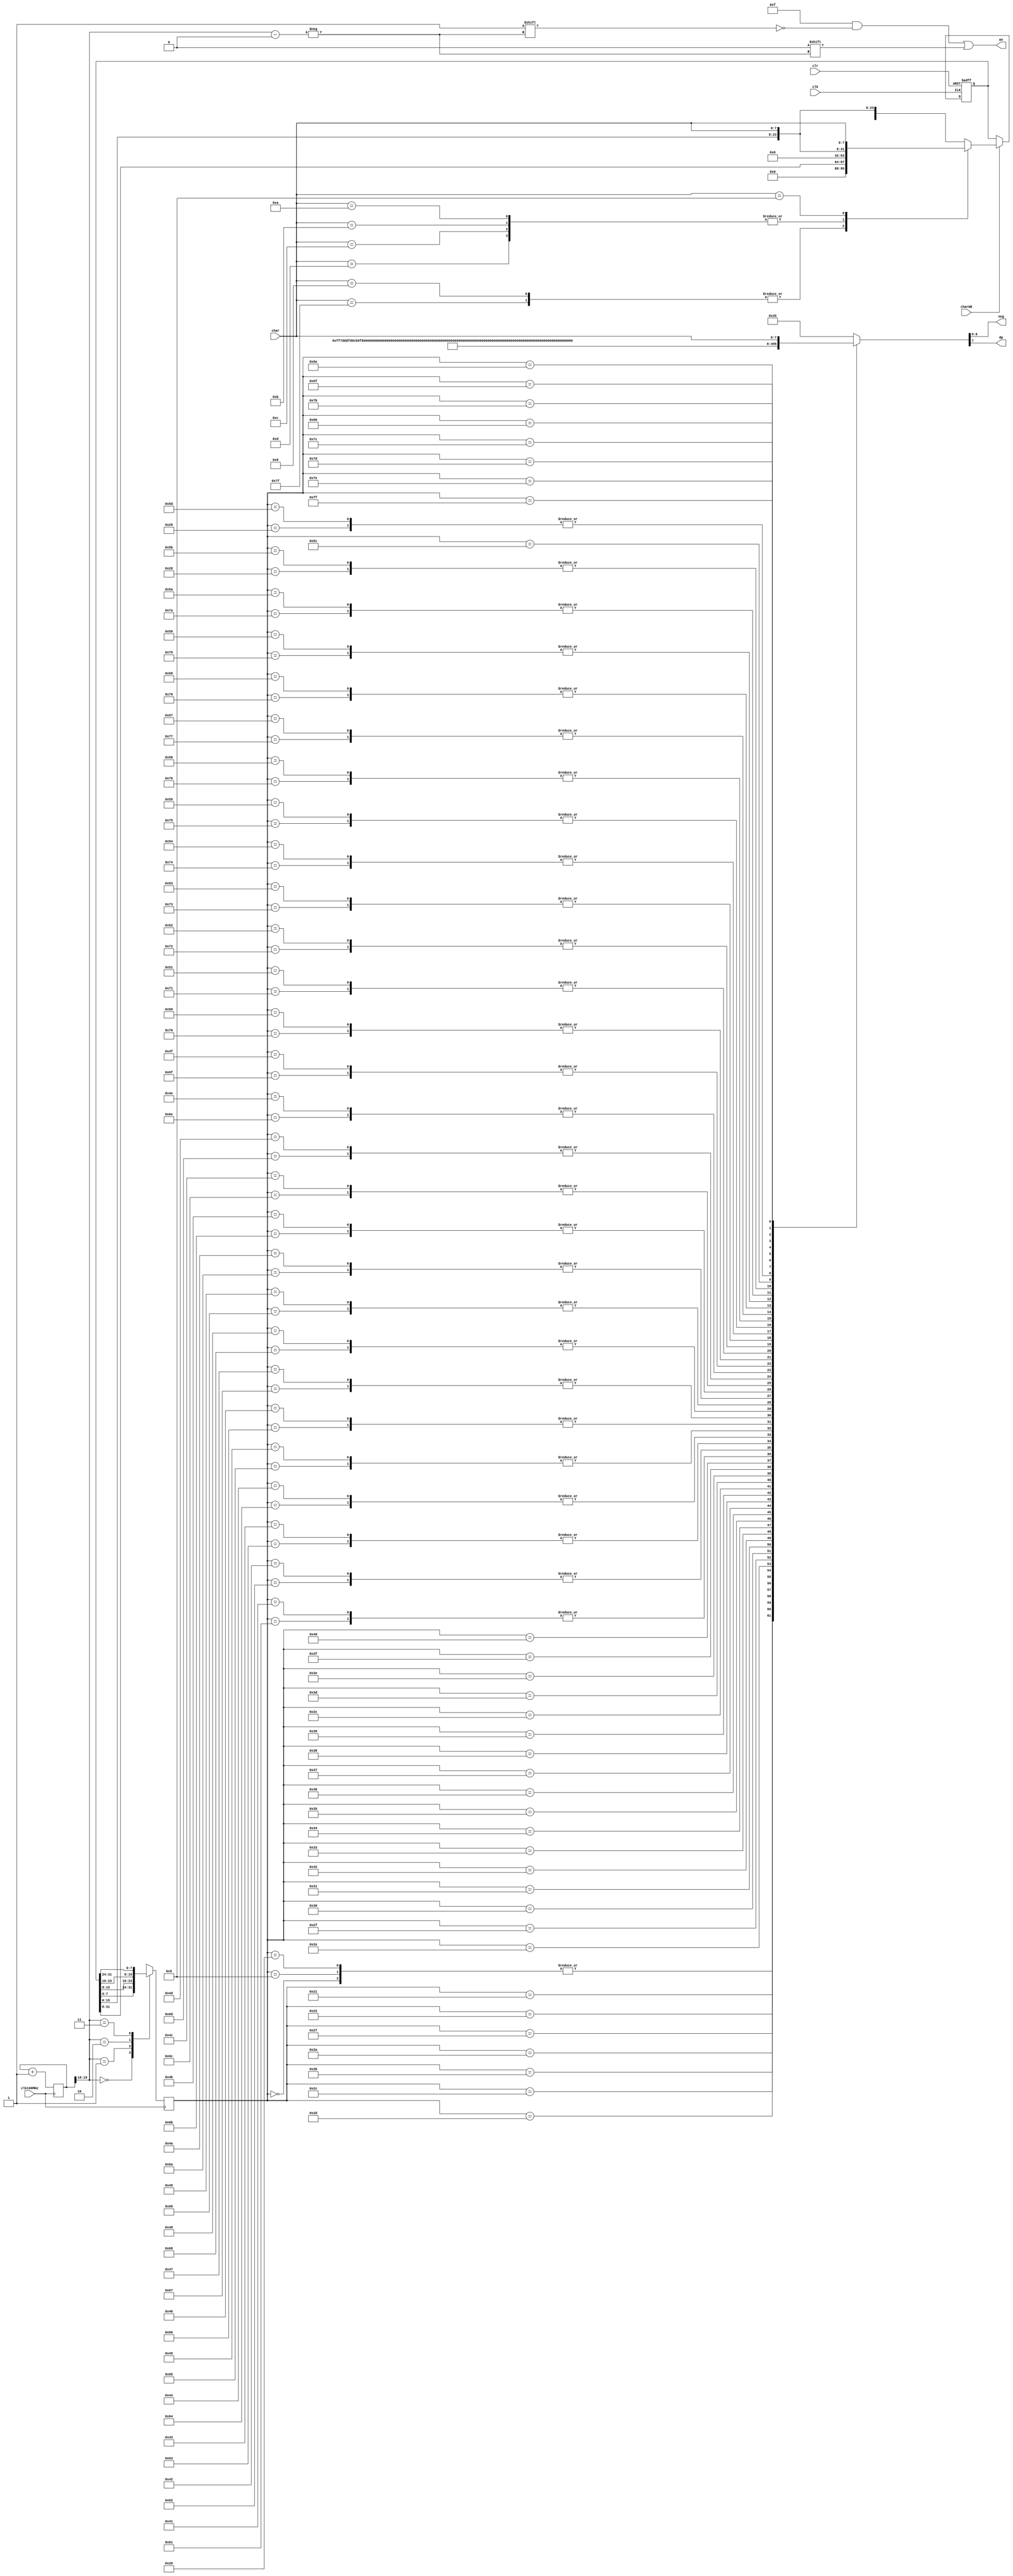
`timescale 1ns / 1ps
//////////////////////////////////////////////////////////////////////////////////
// University: BYU-Idaho
// 
// Design Name: 
// Module Name: 7segment
// Project Name: 
// Target Devices: 
// Tool Versions: 
// Description: 
// 
// Dependencies: 
// 
// Revision:
// Revision 1.0
// Additional Comments:
// 
//////////////////////////////////////////////////////////////////////////////////

module sevenSegment(
    input [7:0] char,
    input charWE, clk, clk100MHz, clr,
    output wire [6:0] seg,
    output reg [3:0] an,
    output wire dp
    );
    reg [31:0] data;
    reg [19:0] clkDiv;
    reg [7:0] segdp, digit;
    wire [1:0] dispSel;
    
    assign dispSel = clkDiv[19:18];
    assign {dp, seg} = segdp;
    initial data <= 32'h00000000; // null characters for initial blank screen
    
    // handle the meta characters in addition to the normal ones
    always @(posedge clk or posedge clr) 
    begin
        if (clr)
            data = 32'h00000000;
        else
            begin
                if (charWE) case (char)
                // <backspace>, <delete> - puts a null character in front of the others
                'h08,'h7F: data = {8'h00, data[31:8]};
                // <line feed>, <vertical tab>, <form feed>, <carriage return> - clears the screen
                'h0A,'h0B,'h0C,'h0D: data = 32'h00000000;
                // <tab> - inserts two blanks instead of just one
                'h09: data = {data[15:0], char, char};
                default: data = {data[23:0], char};
                endcase
            end
    end

    // refresh each display for a 1/4 of the time
    always @(posedge clk100MHz) begin
        case (dispSel)
            0:digit = data[7:0];
            1:digit = data[15:8];
            2:digit = data[23:16];
            3:digit = data[31:24];
        endcase
        clkDiv = clkDiv + 1; // clock cycle counter/divider
    end
    
    // ASCII decoder
    always @(*) begin
        case (digit)
            ////////////////////////////////////////////////
            // 7seg BINARY KEY               -a-          \\
            //                             f|   |b        //
            //                               -g-          \\
            //          MSB <---- LSB      e|   |c        //
            //           <dp>gfedcba         -d-  .dp     \\
            ////////////////////////////////////////////////
            'h00:segdp = 8'b11111111; // <null>
            
          //'h08 - meta <backspace>
            'h09:segdp = 8'b11111111; // meta/normal <tab>
          //'h0A,'h0B,'h0C,'h0D - meta <line feed>/<vertical tab>/<form feed>/<carriage return>
            
            'h20:segdp = 8'b11111111; // <space>
            'h21:segdp = 8'b01111101; // !
            'h22:segdp = 8'b11011101; // "
            
            'h27:segdp = 8'b11111101; // '
            'h28:segdp = 8'b01000110; // (
            'h29:segdp = 8'b01110000; // )
            'h2A:segdp = 8'b10011100; // *
            'h2B:segdp = 8'b10111001; // +
            'h2C:segdp = 8'b11111011; // ,
            'h2D:segdp = 8'b10111111; // -
            'h2E:segdp = 8'b01111111; // .
            'h2F:segdp = 8'b10101101; // /
            
            'h30:segdp = 8'b11000000; // 0
            'h31:segdp = 8'b11111001; // 1
            'h32:segdp = 8'b10100100; // 2
            'h33:segdp = 8'b10110000; // 3
            'h34:segdp = 8'b10011001; // 4
            'h35:segdp = 8'b10010010; // 5
            'h36:segdp = 8'b10000010; // 6
            'h37:segdp = 8'b11111000; // 7
            'h38:segdp = 8'b10000000; // 8
            'h39:segdp = 8'b10010000; // 9
            
            'h3C:segdp = 8'b10011111; // <
            'h3D:segdp = 8'b10111110; // =
            'h3E:segdp = 8'b10111101; // >
            'h3F:segdp = 8'b10101100; // ?
            'h40:segdp = 8'b00000100; // @ (sort of)
            
            'h41,'h61:segdp = 8'b10001000; // Aa
            'h42,'h62:segdp = 8'b10000011; // Bb
            'h43,'h63:segdp = 8'b10100111; // Cc
            'h44,'h64:segdp = 8'b10100001; // Dd
            'h45,'h65:segdp = 8'b10000110; // Ee
            'h46,'h66:segdp = 8'b10001110; // Ff
            'h47,'h67:segdp = 8'b00010000; // Gg
            'h48,'h68:segdp = 8'b10001011; // Hh
            'h49,'h69:segdp = 8'b11001111; // Ii
            'h4A,'h6A:segdp = 8'b11100001; // Jj
            'h4B,'h6B:segdp = 8'b00001101; // Kk
            'h4C,'h6C:segdp = 8'b11000111; // Ll
            'h4D,'h6D:segdp = 8'b11101010; // Mm (sort of)
            'h4E,'h6E:segdp = 8'b10101011; // Nn
            'h4F,'h6F:segdp = 8'b10100011; // Oo
            'h50,'h70:segdp = 8'b10001100; // Pp
            'h51,'h71:segdp = 8'b00011000; // Qq
            'h52,'h72:segdp = 8'b10101111; // Rr
            'h53,'h73:segdp = 8'b00010010; // Ss
            'h54,'h74:segdp = 8'b10000111; // Tt
            'h55,'h75:segdp = 8'b11000001; // Uu
            'h56,'h76:segdp = 8'b11100011; // Vv
            'h57,'h77:segdp = 8'b11010101; // Ww (sort of)
            'h58,'h78:segdp = 8'b00001001; // Xx
            'h59,'h79:segdp = 8'b10010001; // Yy
            'h5A,'h7A:segdp = 8'b00100100; // Zz
            
            'h5B:segdp = 8'b01000110; // [
            'h5C:segdp = 8'b10011011; // \
            'h5D:segdp = 8'b01110000; // ]
            'h5E:segdp = 8'b11011110; // ^
            'h5F:segdp = 8'b11110111; // _
            'h60:segdp = 8'b11011111; // `
            
            'h7B:segdp = 8'b00000110; // {
            'h7C:segdp = 8'b01001111; // |
            'h7D:segdp = 8'b00110000; // }
            'h7E:segdp = 8'b00101101; // ~
          //'h7F - meta <delete>
            
            // for easier development of char patterns
            'hFF:segdp = char;
            
            default:segdp = 8'b00110101; // invalid/unknown character
        endcase
        
        // select the physical display that we are sending data to
        an = 4'b1111;
        an[dispSel] = 0;
    end
endmodule